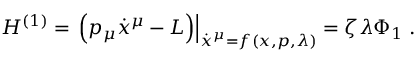
H ^ { ( 1 ) } = \left. \left( p _ { \mu } \dot { x } ^ { \mu } - L \right) \right| _ { \dot { x } ^ { \mu } = f ( x , p , \lambda ) } = \zeta \lambda \Phi _ { 1 } \; .